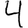
Digit: 4